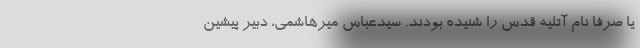
یا صرفاً نام آتلیه قدس را شنیده بودند. سیدعباس میرهاشمی، دبیر پیشین